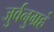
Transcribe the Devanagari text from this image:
जुर्वनुग्रहं